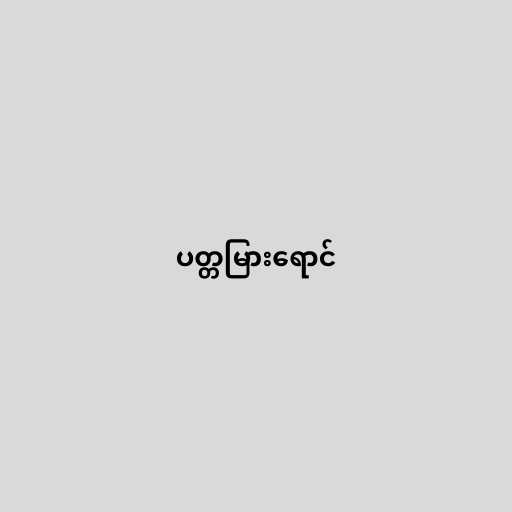
ပတ္တမြားရောင်